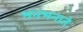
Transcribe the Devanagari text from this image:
भनभनाते